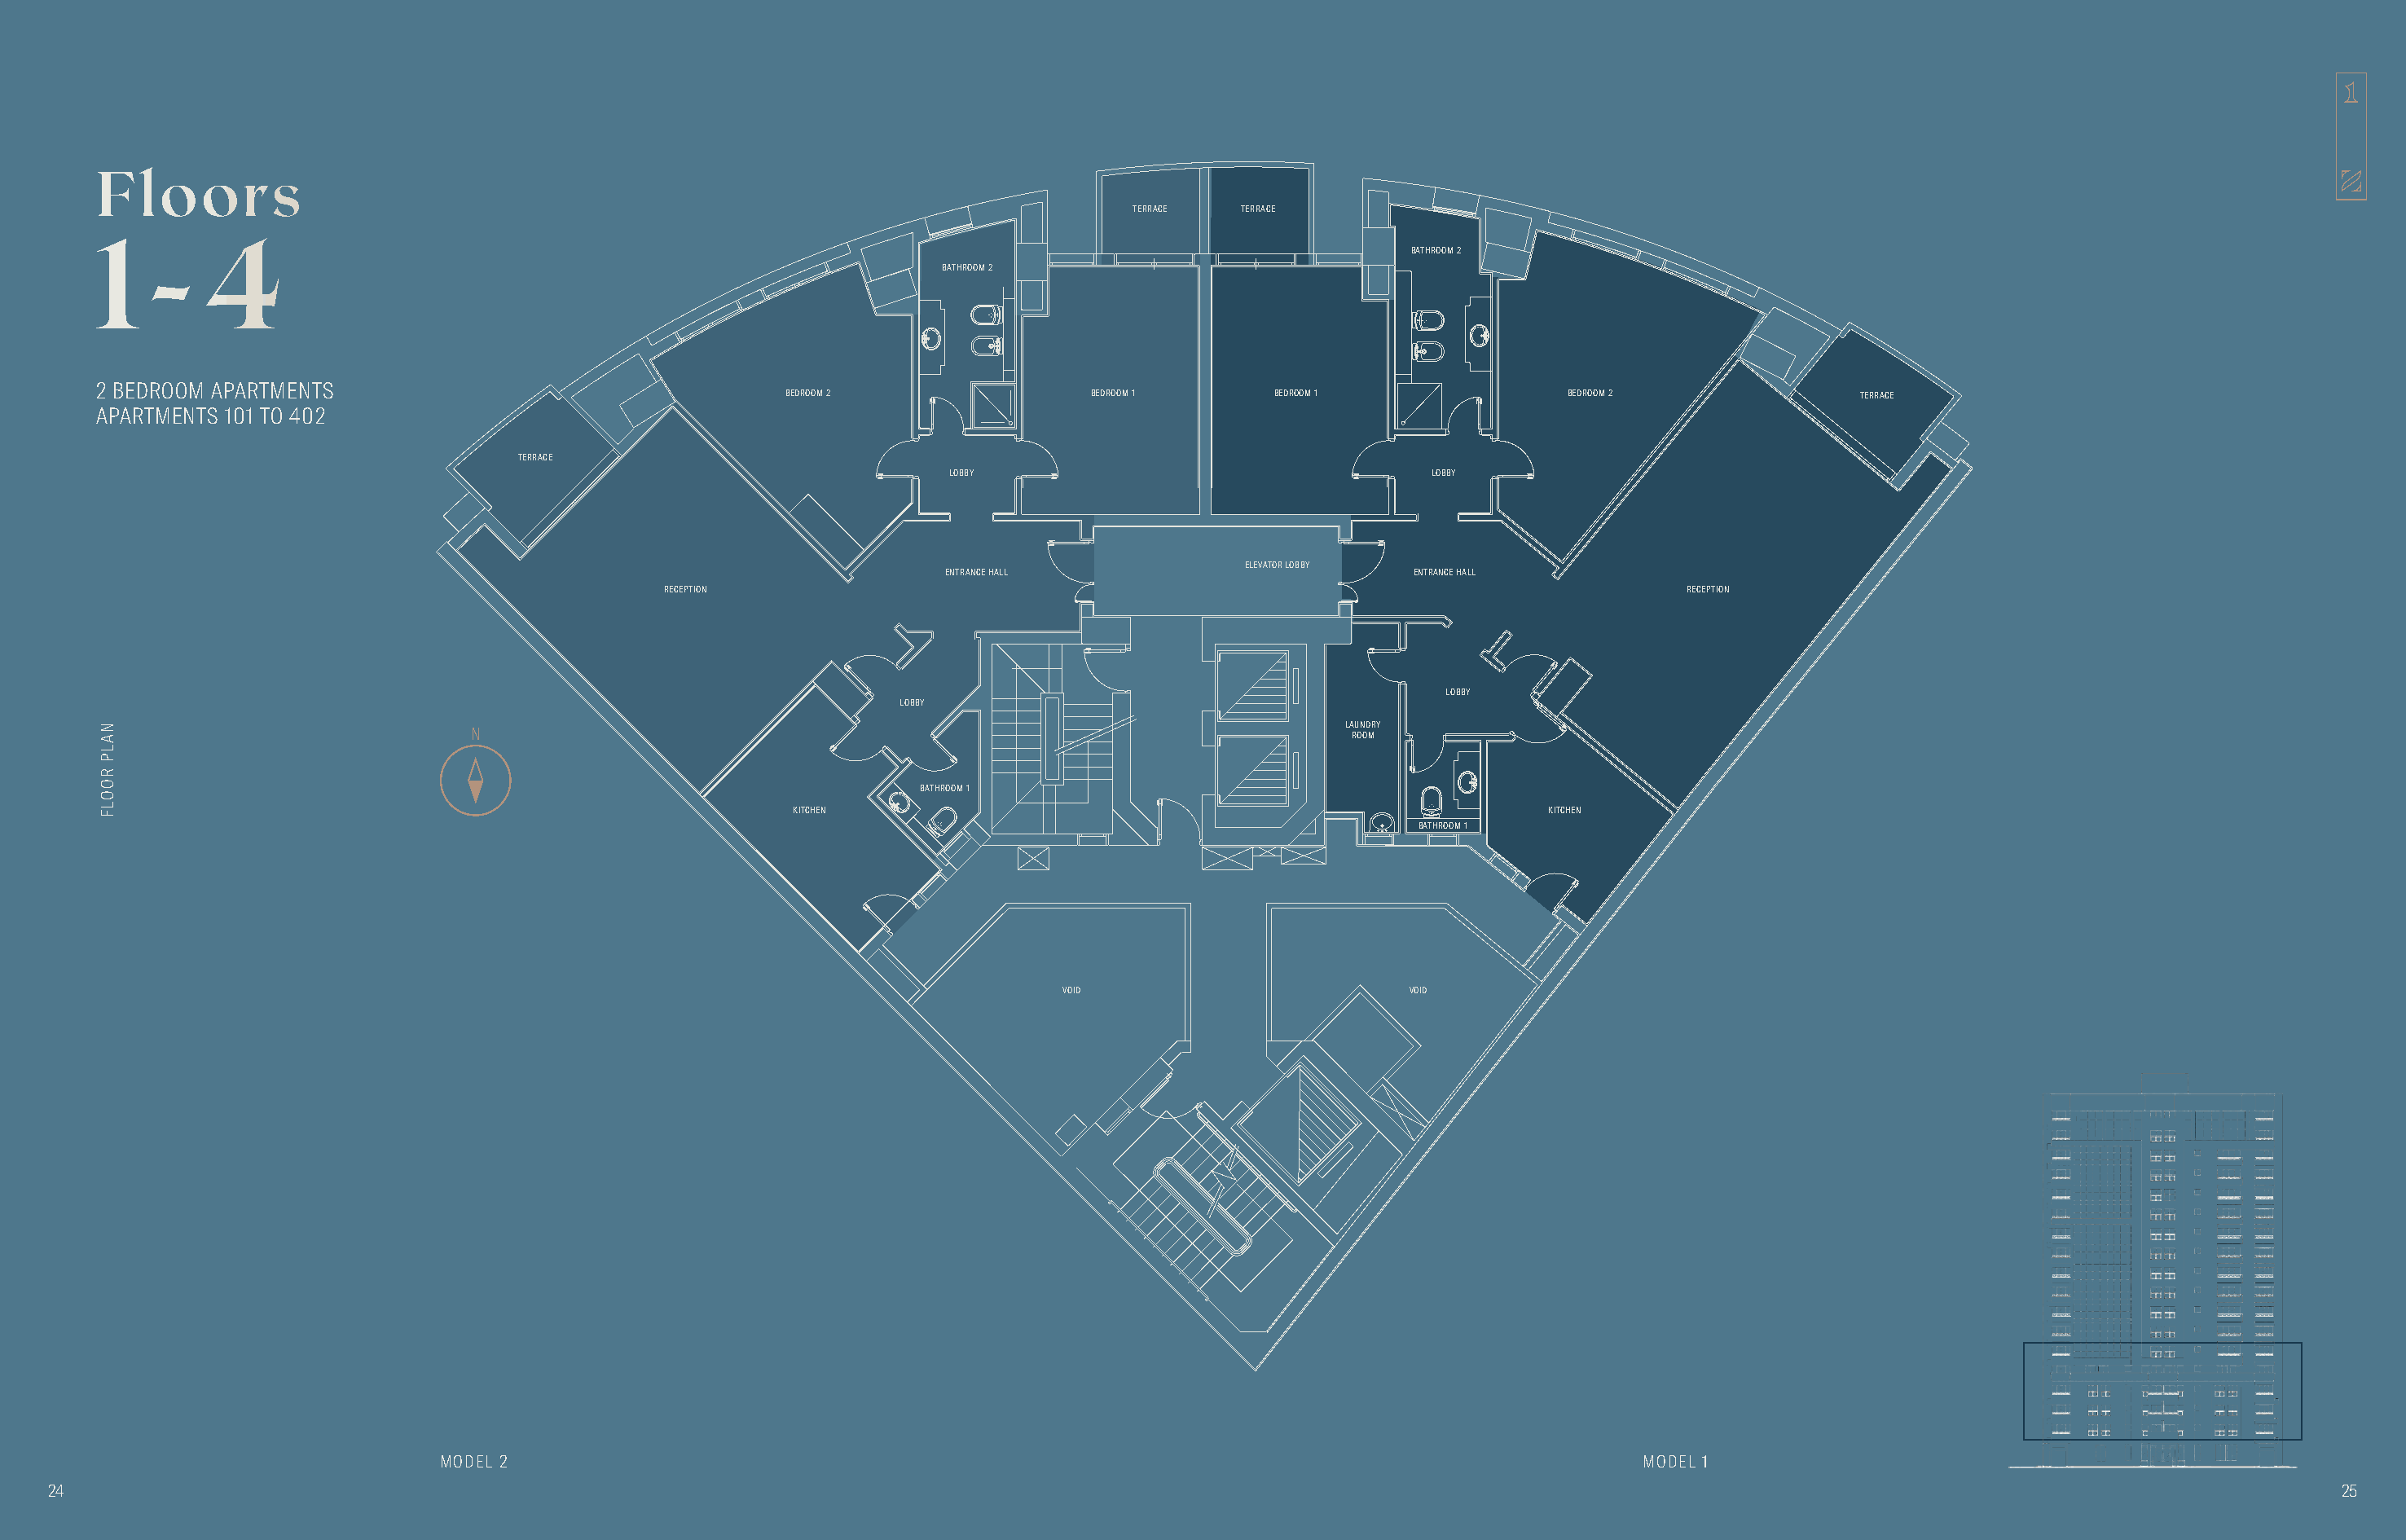
Floors
 TERRACE  TERRACE
 1   -   4
 BATHROOM 2
 BATHROOM 2
 2 BEDROOM APARTMENTS
 BEDROOM 2                BEDROOM 1      BEDROOM 1              BEDROOM 2               TERRACE
 APARTMENTS 101 TO 402
 TERRACE
 LOBBY                                  LOBBY
 ELEVATOR LOBBY
 ENTRANCE HALL                         ENTRANCE HALL
 RECEPTION                                                                          RECEPTION
 LOBBY
 LOBBY
 LAUNDRY N ROOM
 BATHROOM 1
 KITCHEN                                                       KITCHEN
 BATHROOM 1
 VOID                         VOID
 MODEL 2                                                                                          MODEL 1
 24                                                                                                                                                                                        25
 NALP
 ROOLF